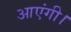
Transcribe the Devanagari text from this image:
आएंगी।